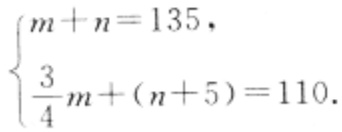
$\begin{cases}m + n = 135,\\\frac{3}{4}m+(n + 5)=110.\end{cases}$